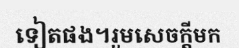
ទៀតផង។រួមសេចក្តីមក